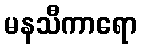
မနသီကာရော